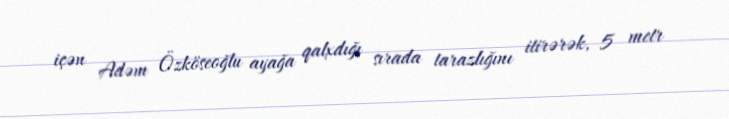
içən Adəm Özköseoğlu ayağa qalxdığı sırada tarazlığını itirərək, 5 metr